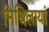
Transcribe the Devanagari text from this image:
मिथिलायां